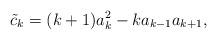
LaTeX: \begin{align*} \tilde c_k = (k+1)a_k^2 - k a_{k-1}a_{k+1}, \end{align*}